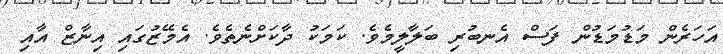
އަހަރެން މަޑުމަޑުން ފަސް އެނބުރި ބަލާލީމެވެ. ކަމަކު ދާކަށްނެތެވެ. އެމޭޒުގައި އިނާޒް އާއި